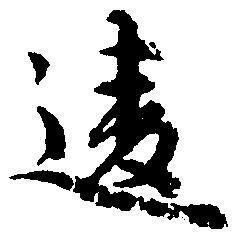
違